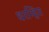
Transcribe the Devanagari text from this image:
धरम्हित